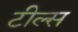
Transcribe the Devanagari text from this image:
टील्स